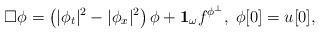
LaTeX: \begin{gather*} \Box \phi= \left(|\phi_{t}|^2- |\phi_{ x}|^2\right) \phi+ \mathbf{1}_{\omega} f^{\phi^{\perp}}, \; \phi[0]= u[0],\end{gather*}